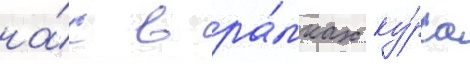
на́с в ра́мках ку́рса